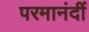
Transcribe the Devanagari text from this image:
परमानंदीं